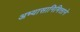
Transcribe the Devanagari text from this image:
अभ्यासानिमित्ताने